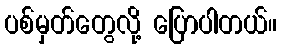
ပစ်မှတ်တွေလို့ ပြောပါတယ်။